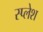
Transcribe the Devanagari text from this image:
स्प्लेश